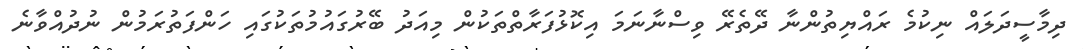
ދިމާސީދަލައް ނިކުމެ ރައްޔިތުންނާ ދޭތެރޭ ވިސްނާނަމަ އިކޮޅުފަރާތްތަކުން މިއަދު ބޭރުގައުމުތަކުގައި ހަންފަތުރަމުން ނުދުއްވާނެ